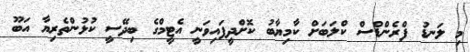
މި ލަނޑު ފްރެންޑްސް ކްލަބަށް ކާމިޔާބު ކޮށްދީފައިވަނީ އެޓީމްގެ ބިދޭސީ ކުޅުންތެރިޔާ އަބޫ